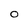
Character: 0